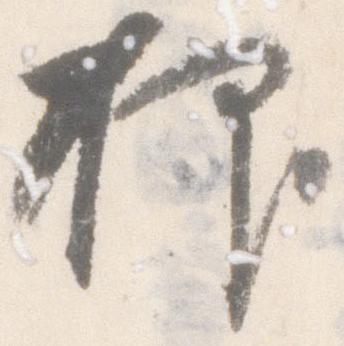
抑